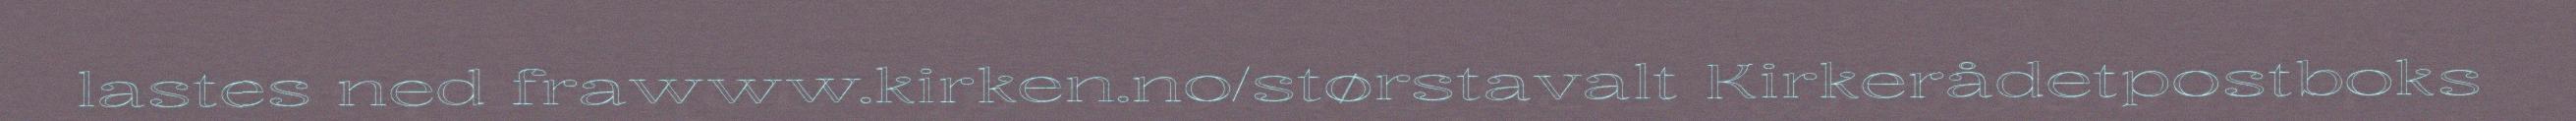
lastes ned frawww.kirken.no/størstavalt Kirkerådetpostboks